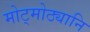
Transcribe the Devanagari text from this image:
मोट्मोठ्यानि